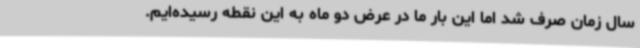
سال زمان صرف شد اما این بار ما در عرض دو ماه به این نقطه رسیده‌ایم.